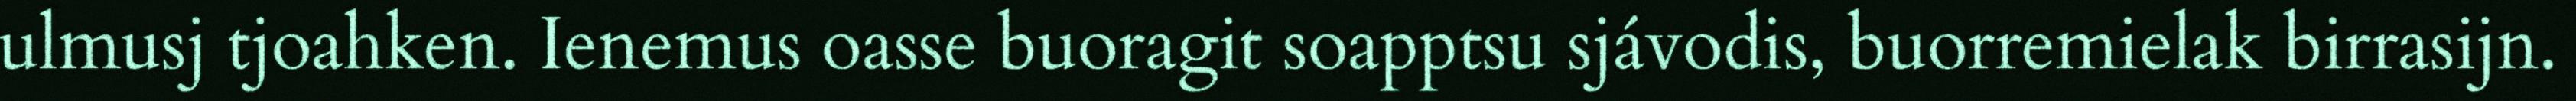
ulmusj tjoahken. Ienemus oasse buoragit soapptsu sjávodis, buorremielak birrasijn.